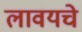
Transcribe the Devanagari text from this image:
लावयचे